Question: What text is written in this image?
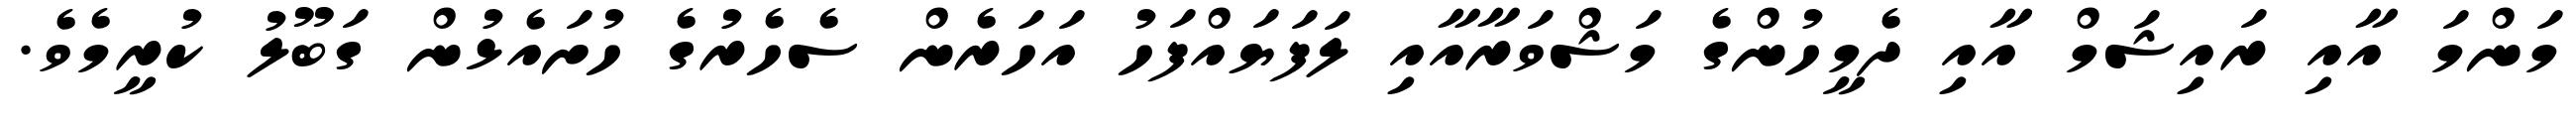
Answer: މަންމަ އާއި ރައިޝަމް އާއި ދެމީހުންގެ މަޝްވަރާއާއި ލަފަޔައްފަހު އަހަރެން ސެހެރުގެ ހުށައެޅުން ގަބޫލު ކުރީމެވެ.